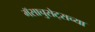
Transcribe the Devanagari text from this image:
मॅसाचुसेट्सच्या